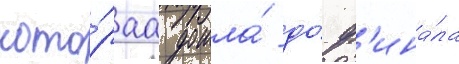
кото́раа дошла́ до́ ф'ина́ла